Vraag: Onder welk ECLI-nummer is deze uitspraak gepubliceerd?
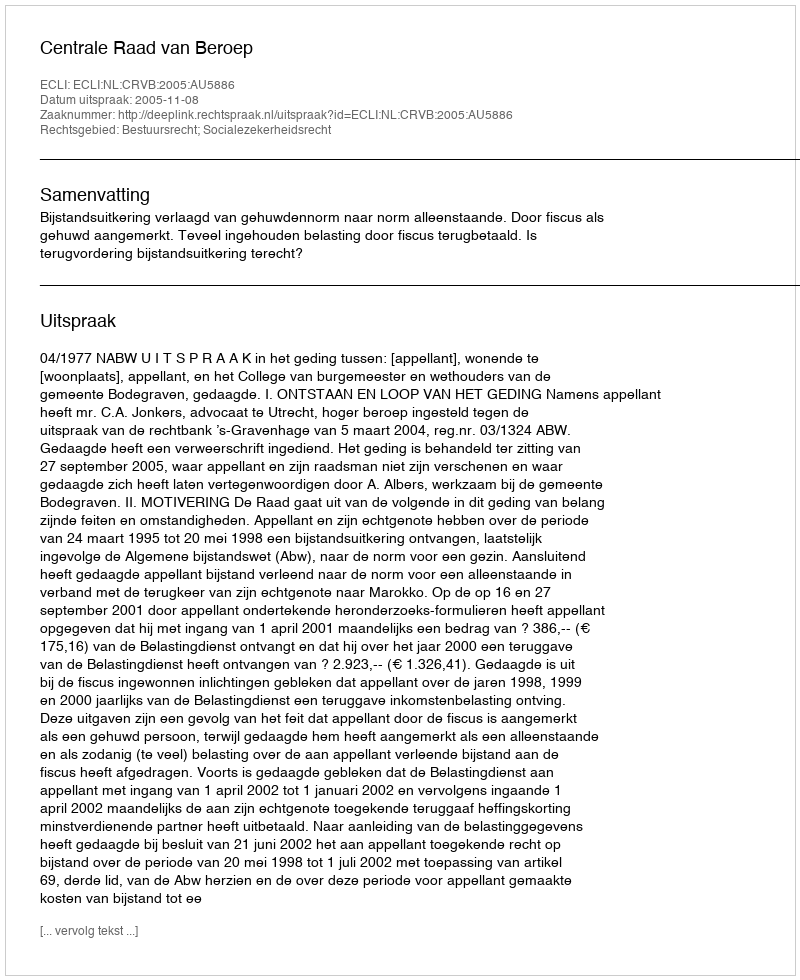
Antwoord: ECLI:NL:CRVB:2005:AU5886